Triennial report on the lunatic asylums in the province of Eastern Bengal and Assam - 1903-1911
Year: 1903
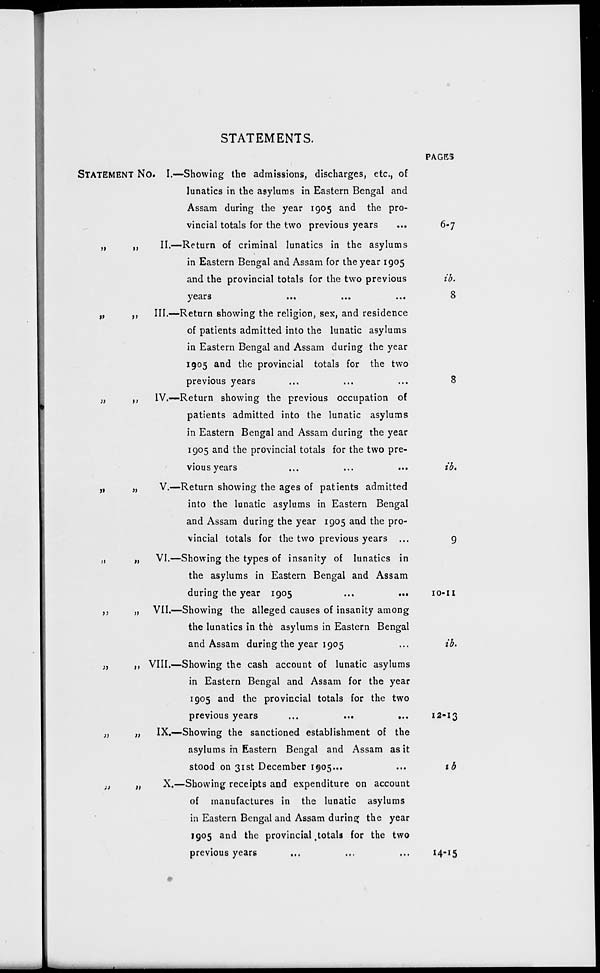
STATEMENTS.
STATEMENT No.
„ „
„ „
„ „
„ „
„ „
„ „
„ „
„ „
„ „
I.—Showing the admissions, discharges, etc., of
lunatics in the asylums in Eastern Bengal and
Assam during the year 1905 and the pro-
vincial totals for the two previous years
...
II.—Return of criminal lunatics in the asylums
in Eastern Bengal and Assam for the year 1905
and the provincial totals for the two previous
years
...
...
...
III.—Return showing the religion, sex, and residence
of patients admitted into the lunatic asylums
in Eastern Bengal and Assam during the year
1905 and the provincial totals for the two
previous years ... ... ...
IV.—Return showing the previous occupation of
patients admitted into the lunatic asylums
in Eastern Bengal and Assam during the year
1905 and the provincial totals for the two pre-
vious years ... ... ...
V.—Return showing the ages of patients admitted
into the lunatic asylums in Eastern Bengal
and Assam during the year 1905 and the pro-
vincial totals for the two previous years ...
VI.—Showing the types of insanity of lunatics in
the asylums in Eastern Bengal and Assam
during the year 1905
...
...
VII.—Showing the alleged causes of insanity among
the lunatics in the asylums in Eastern Bengal
and Assam during the year 1905 ...
III.—Showing the cash account of lunatic asylums
in Eastern Bengal and Assam for the year
1905 and the provincial totals for the two
previous years
...
...
...
IX.—Showing the sanctioned establishment of the
asylums in Eastern Bengal and Assam as it
stood on 31st December 1905... ...
X.—Showing receipts and expenditure on account
of manufactures in the lunatic asylums
in Eastern Bengal and Assam during the year
1905 and the provincial totals for the two
previous years ... ... ...
PAGES
6 -7
ib.
8
8
ib.
9
10-11
ib.
12-13
ib
14 -15